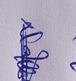
Signature authenticity: genuine